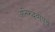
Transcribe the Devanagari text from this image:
अनिरुद्धबापूंचे